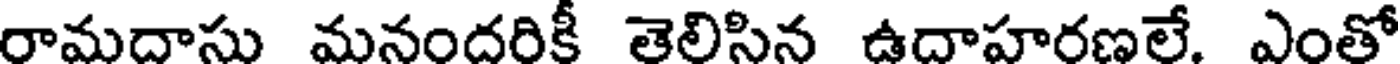
రామదాసు మనందరికీ తెలిసిన ఉదాహరణలే. ఎంతో